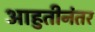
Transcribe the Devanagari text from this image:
आहुतीनंतर